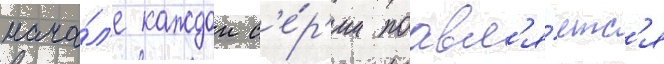
нача́л'е каждои с'е́р'ии поавл'я́етс'я